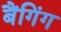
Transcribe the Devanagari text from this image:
बैंगिंग